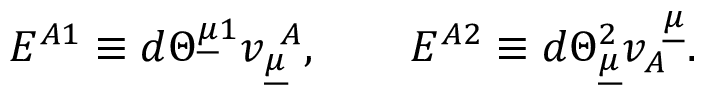
E ^ { A 1 } \equiv d \Theta ^ { \underline { { { \mu } } } 1 } v _ { \underline { { { \mu } } } } ^ { ~ A } , \qquad E ^ { A 2 } \equiv d \Theta _ { \underline { { { \mu } } } } ^ { 2 } v _ { A } ^ { ~ \underline { { { \mu } } } } . \qquad